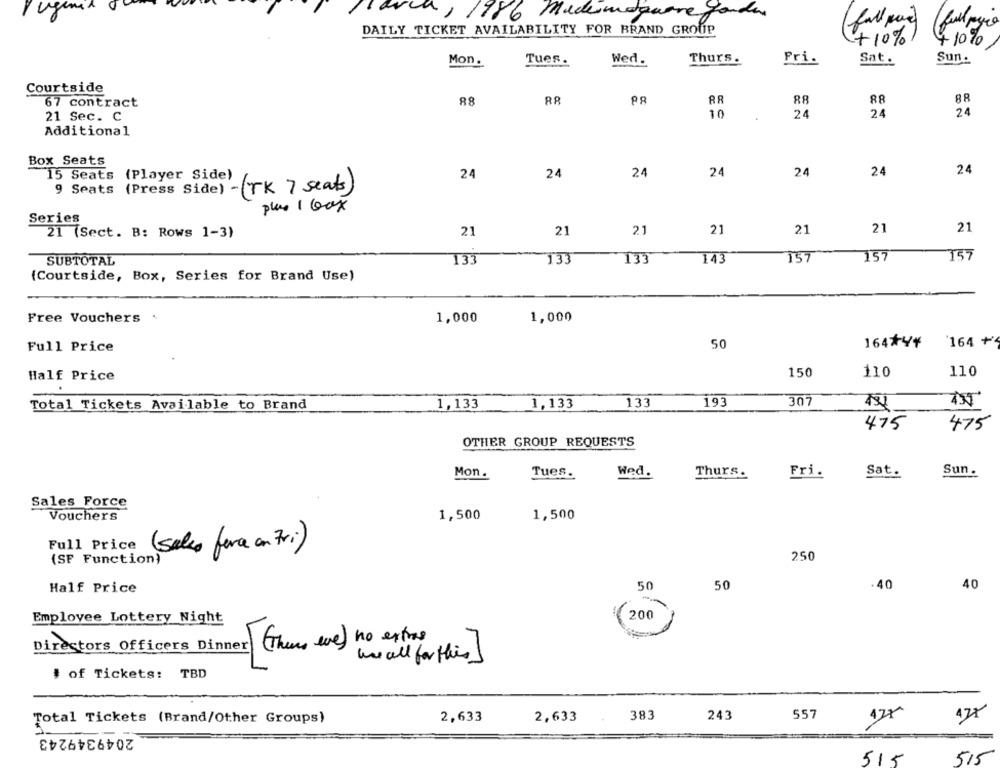
Pavia, 1986 Medesmoquare garden
fall pad
DAILY TICKET AVAILABILITY FOR BRAND GROUP
(fullprice
+10%1
410%
Mon.
Tues.
Wed.
Thurs.
Pri.
Sat.
Sun.
Courtside
88
PR
88
88
67 contract
10
24
24
24
21 Sec. C
Additional
Box Seats
24
15 Seats
(Player Side)
24
24
24
24
24
24
9 Seats (Press Side) -(TK 7 seats)
plus 1 box
Series
21
21
21
21
21
21 (Sect. B: Rows 1-3)
21
21
SUBTOTAL
133
133
133
14
157
157
157
(Courtside, Box, Series for Brand Use)
Free Vouchers .
1,000
1,000
50
164*4*
'164 +
Full Price
Half Price
150
110
110
Total Tickets Available to Brand
1,133
1,133
133
193
307
475
475
OTHER GROUP REQUESTS
Mon.
Tues.
Wed.
Thurs.
Fri.
Sat.
Sun.
Sales Force
Vouchers
1,500
1,500
Full Price
(sales fara on 7vi)
250
(SF Function)
Half Price
50
50
40
40
Employee Lottery Night
( 200
Directors Officers Dinner ( Then eve) no extras
we all for this)
# of Tickets: TBD
Total Tickets (Brand/Other Groups)
2,633
2,633
383
243
557
125
2049349243
515
515